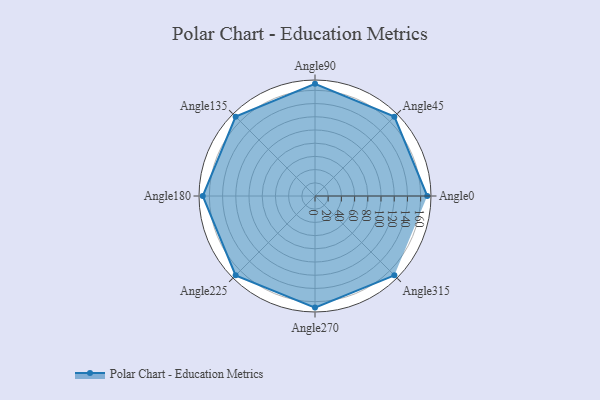
{"axis": {"x": "Angle", "y": "Radius"}, "legend": [""], "data": [{"x": "Angle0", "y": 170, "type": ""}, {"x": "Angle45", "y": 170, "type": ""}, {"x": "Angle90", "y": 170, "type": ""}, {"x": "Angle135", "y": 170, "type": ""}, {"x": "Angle180", "y": 170, "type": ""}, {"x": "Angle225", "y": 170, "type": ""}, {"x": "Angle270", "y": 169.0, "type": ""}, {"x": "Angle315", "y": 170, "type": ""}]}